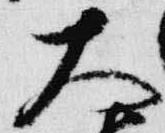
天